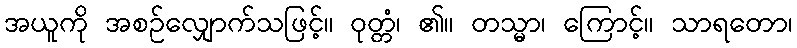
အယူကို အစဉ်လျှောက်သဖြင့်။ ဝုတ္တံ၊ ၏။ တသ္မာ၊ ကြောင့်။ သာရတော၊